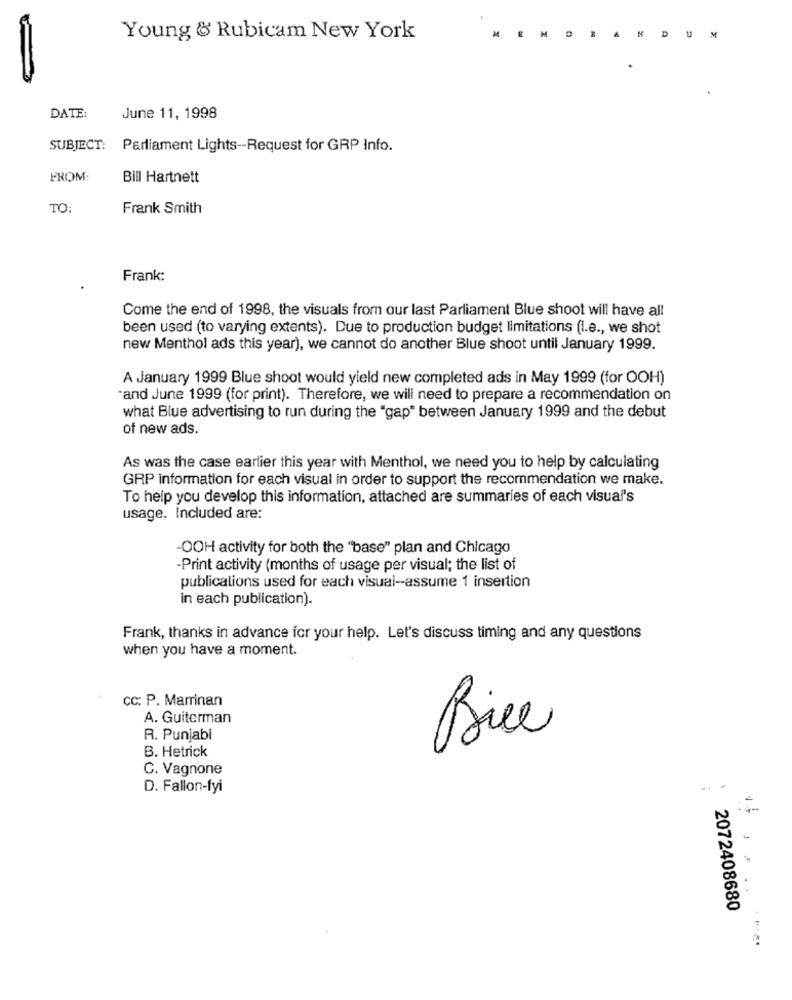
C
D
Young & Rubicam New York
M
DATE:
June 11, 1998
SUBJECT: Parliament Lights -- Request for GRP Info.
FROM:
Bill Hartnett
TO
Frank Smith
Frank:
Come the end of 1998, the visuals from our last Parliament Blue shoot will have all
been used (to varying extents). Due to production budget limitations (I.e ., we shot
new Menthol ads this year), we cannot do another Blue shoot until January 1999.
A January 1999 Blue shoot would yield new completed ads in May 1999 (for OOH)
and June 1999 (for print). Therefore, we will need to prepare a recommendation on
what Blue advertising to run during the "gap" between January 1999 and the debut
of new ads.
As was the case earlier this year with Menthol, we need you to help by calculating
GRP information for each visual in order to support the recommendation we make.
To help you develop this information, attached are summaries of each visual's
usage. Included are:
-OOH activity for both the "base" plan and Chicago
-Print activity (months of usage per visual; the list of
publications used for each visual -- assume 1 insertion
in each publication).
Frank, thanks in advance for your help. Let's discuss timing and any questions
when you have a moment.
CC: P. Marrinan
A. Guiterman
R. Punjabi
B. Hetrick
Rice
C. Vagnone
D. Fallon-fyi
2072408680